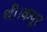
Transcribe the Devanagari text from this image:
थी।कपूर